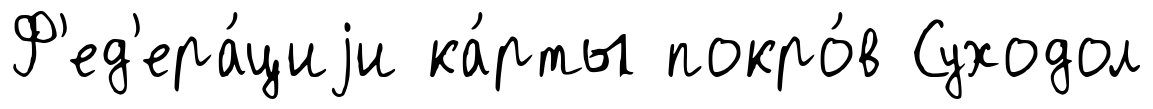
Ф'ед'ера́циjи ка́рты покро́в Суходол